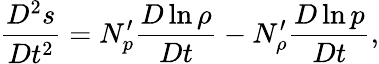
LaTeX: \frac{D^{2}s}{Dt^{2}}=N_{p}^{\prime}\frac{D\ln\rho}{Dt}-N_{\rho}^{\prime}\frac{D\ln p}{Dt},